Lunatic asylums Punjab 1911-1921 - 1911-1921
Year: 1911
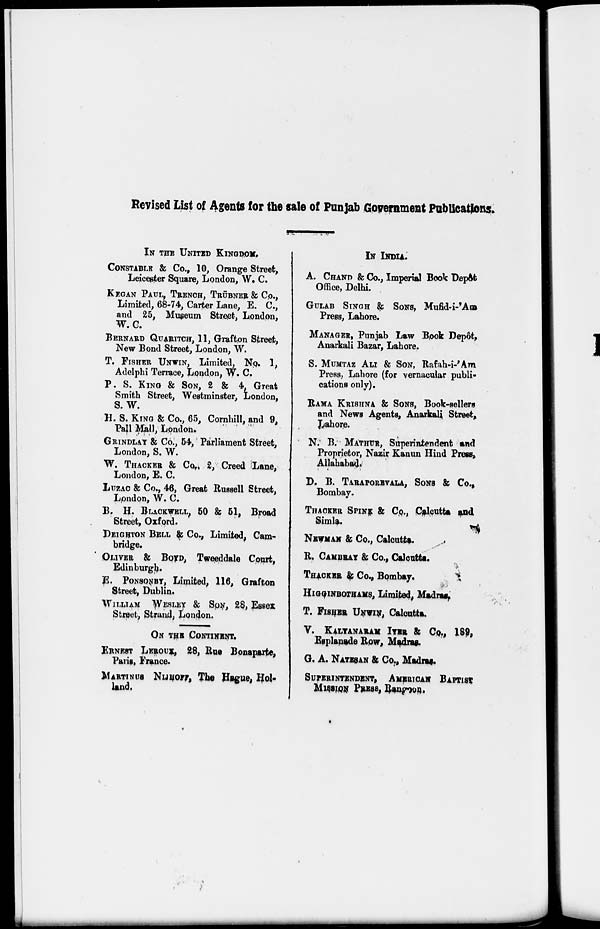
Revised List of Agents for the sale of Punjab Government Publications.
IN THE UNITED KINGDOM.
CONSTABLE & Co., 10, Orange Street,
Leicester Square, London, W. C.
KEGAN PAUL. TRENCH, TRÜBNER & Co.,
Limited, 68-74, Carter Lane, E. C.,
and 25, Museum Street, London,
W.C.
BERNARD QUARITCH, 11, Grafton Street,
New Bond Street, London, W.
T. FISHER UNWIN, Limited, No. 1,
Adelphi Terrace, London, W. C.
P. S. KING & SON, 2 & 4, Great
Smith Street, Westminster, London,
S. W.
H. S. KING & Co., 65, Cornhill, and 9,
Pall Mall, London.
GRINDLAY & Co., 54, Parliament Street,
London, S. W.
W. THACKER & Co., 2, Creed Lane,
London, E. C.
LUZAC & Co., 46, Great Russell Street,
London, W. C.
B. H. BLACKWELL, 50 & 51, Broad
Street, Oxford.
DEIGHTON BELL & Co., Limited, Cam-
bridge.
OLIVER & BOYD, Tweeddale Court,
Edinburgh.
E. PONSONBY, Limited, 116, Grafton
Street, Dublin.
WILLIAM WESLEY & SON, 28, Essex
Street, Strand, London.
ON THE CONTINENT.
ERNEST LEROUX, 28, Rue Bonaparte,
Paris, France.
MARTINUS NISHOFF, The Hague, Hol-
land.
IN INDIA.
A. CHAND & Co., Imperial Book Depôt
Office, Delhi.
GULAB SINGH & SONS, Mufid-i- Am
Press, Lahore.
MANAGER, Punjab Law Book Depôt,
Anarkali Bazar, Lahore.
S. MUMTAZ ALI & SON, Rafah-i-'Am
Press, Lahore (for vernacular publi-
cations only).
RAMA KRISHNA & SONS, Book-sellers
and News Agents, Anarkali Street,
Lahore.
N. B. MATHUR, Superintendent and
Proprietor, Nazir Kanun Hind Press,
Allahabad.
D. B. TARAPOREVALA, SONS & Co.,
Bombay.
THACKER SPINK & Co., Calcutta and
Simla.
NEWMAN & Co., Calcutta.
R. CAMDRAY & Co., Calcutta.
THACKER & Co., Bombay.
HIGGINBOTHAMS, Limited, Madras.
T. FISHER UNWIN, Calcutta.
V. KALYANARAM IYER & Co., 189,
Esplanade Row, Madras.
G. A. NATESAN & Co., Madras.
SUPERINTENDENT, AMERICAN BAPTIST
MISSION PRESS, Rangoon.